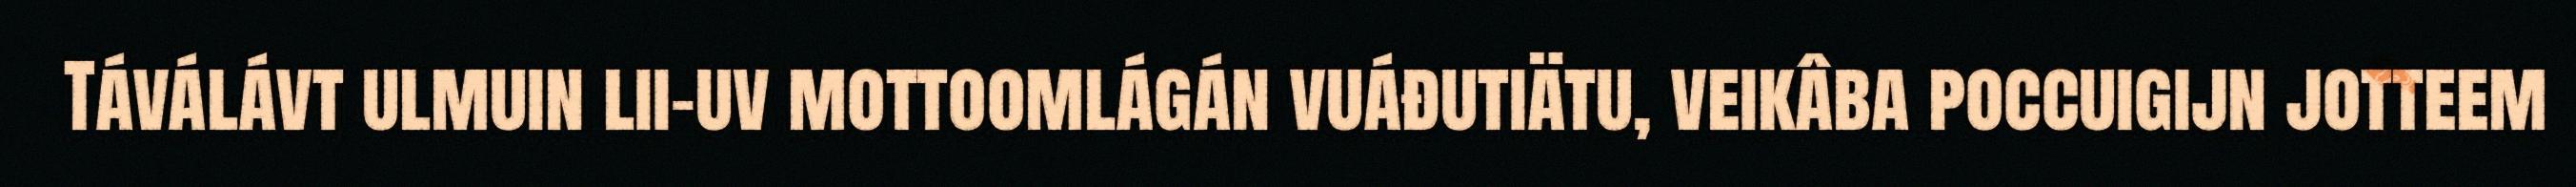
Táválávt ulmuin lii-uv mottoomlágán vuáđutiätu, veikâba poccuigijn jotteem